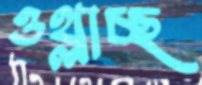
ওথ্‌লাচ্ছ